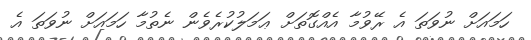
ހަމައަށް ނުވަތަ އެ ރޭވުމާ އެއްގޮތަށް ޢަމަލުކުރެވެން ނެތުމާ ހަމައަށް ނުވަތަ އެ